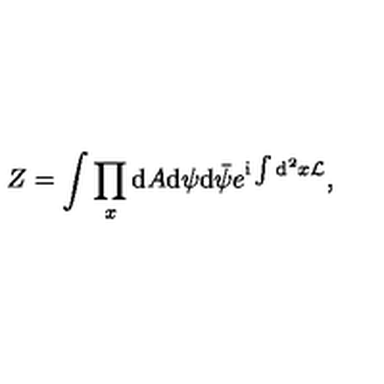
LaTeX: Z = \int \prod _ { x } \mathrm { d } A \mathrm { d } \psi \mathrm { d } { \bar { \psi } } e ^ { \mathrm { i } \int \mathrm { d } ^ { 2 } x { \cal L } } ,